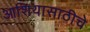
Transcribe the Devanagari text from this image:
आशियासाठीचे